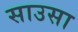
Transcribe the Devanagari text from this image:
साउसा